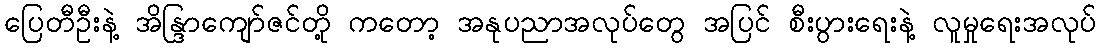
ပြေတီဦးနဲ့ အိန္ဒြာကျော်ဇင်တို့ ကတော့ အနုပညာအလုပ်တွေ အပြင် စီးပွားရေးနဲ့ လူမှုရေးအလုပ်